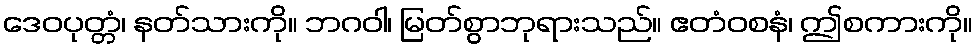
ဒေဝပုတ္တံ၊ နတ်သားကို။ ဘဂဝါ၊ မြတ်စွာဘုရားသည်။ ဧတံဝစနံ၊ ဤစကားကို။